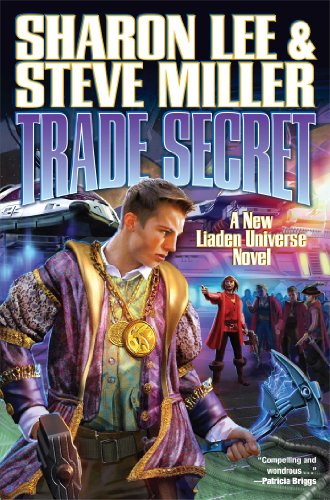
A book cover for Trade Secret (Liaden UniverseÂ®); Sharon Lee; Science Fiction & Fantasy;